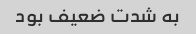
به شدت ضعیف بود